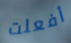
أفعلت